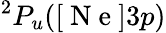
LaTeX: ^2P_{u}([\mathrm{~N~e~}]3p)